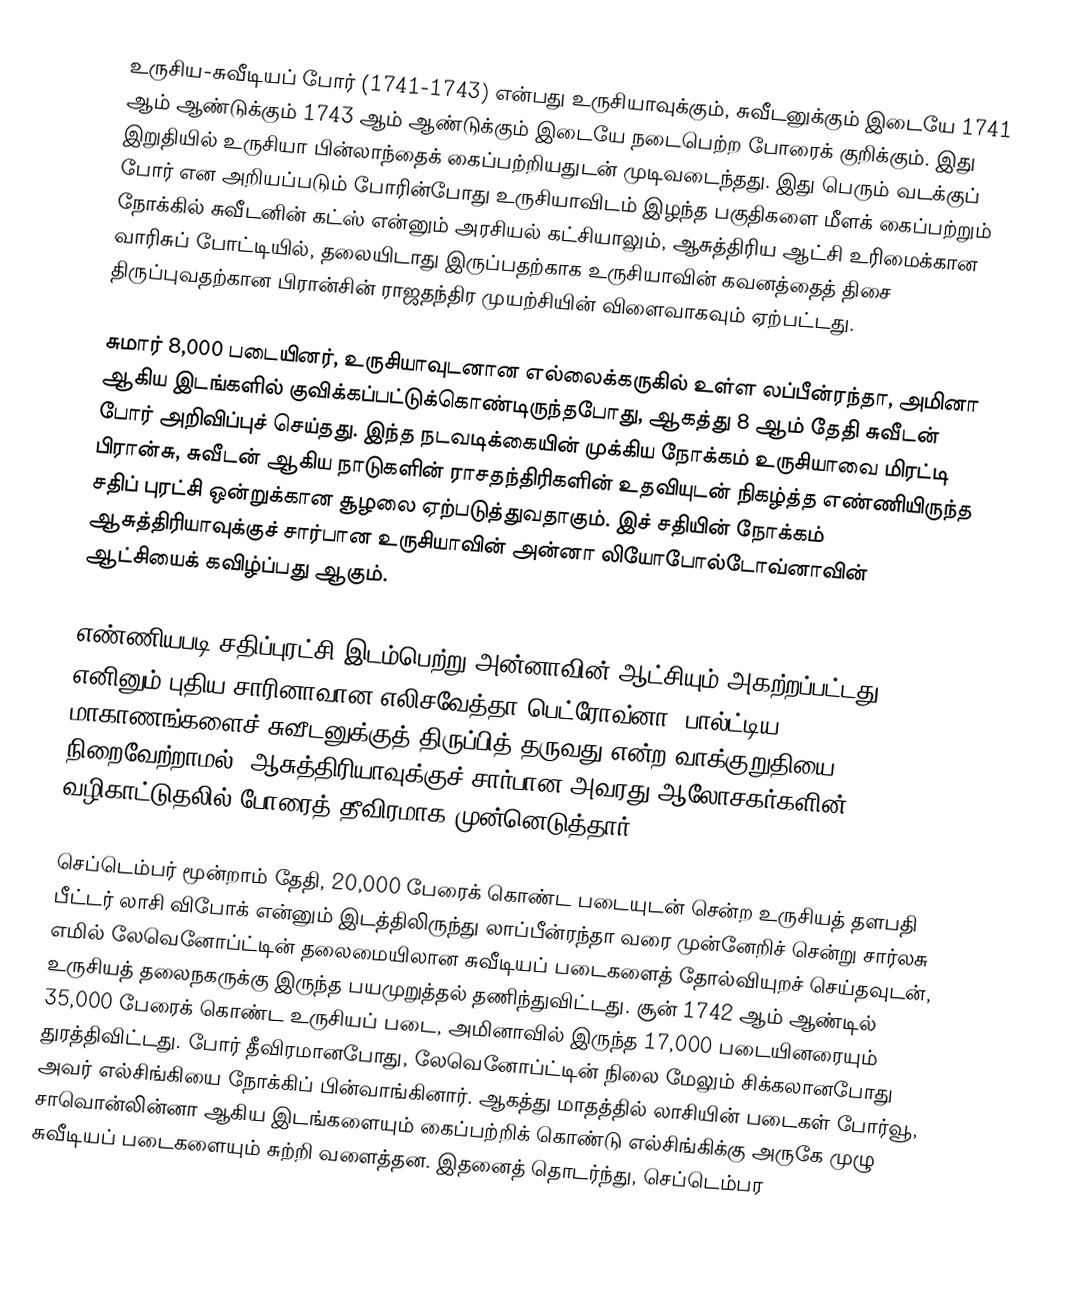
உருசிய-சுவீடியப் போர் (1741-1743) என்பது உருசியாவுக்கும், சுவீடனுக்கும் இடையே 1741 ஆம் ஆண்டுக்கும் 1743 ஆம் ஆண்டுக்கும் இடையே நடைபெற்ற போரைக் குறிக்கும். இது இறுதியில் உருசியா பின்லாந்தைக் கைப்பற்றியதுடன் முடிவடைந்தது. இது பெரும் வடக்குப் போர் என அறியப்படும் போரின்போது உருசியாவிடம் இழந்த பகுதிகளை மீளக் கைப்பற்றும் நோக்கில் சுவீடனின் கட்ஸ் என்னும் அரசியல் கட்சியாலும், ஆசுத்திரிய ஆட்சி உரிமைக்கான வாரிசுப் போட்டியில், தலையிடாது இருப்பதற்காக உருசியாவின் கவனத்தைத் திசை திருப்புவதற்கான பிரான்சின் ராஜதந்திர முயற்சியின் விளைவாகவும் ஏற்பட்டது.

சுமார் 8,000 படையினர், உருசியாவுடனான எல்லைக்கருகில் உள்ள லப்பீன்ரந்தா, அமினா ஆகிய இடங்களில் குவிக்கப்பட்டுக்கொண்டிருந்தபோது, ஆகத்து 8 ஆம் தேதி சுவீடன் போர் அறிவிப்புச் செய்தது. இந்த நடவடிக்கையின் முக்கிய நோக்கம் உருசியாவை மிரட்டி பிரான்சு, சுவீடன் ஆகிய நாடுகளின் ராசதந்திரிகளின் உதவியுடன் நிகழ்த்த எண்ணியிருந்த சதிப் புரட்சி ஒன்றுக்கான சூழலை ஏற்படுத்துவதாகும். இச் சதியின் நோக்கம் ஆசுத்திரியாவுக்குச் சார்பான உருசியாவின் அன்னா லியோபோல்டோவ்னாவின் ஆட்சியைக் கவிழ்ப்பது ஆகும்.

எண்ணியபடி சதிப்புரட்சி இடம்பெற்று அன்னாவின் ஆட்சியும் அகற்றப்பட்டது எனினும் புதிய சாரினாவான எலிசவேத்தா பெட்ரோவ்னா, பால்ட்டிய மாகாணங்களைச் சுவீடனுக்குத் திருப்பித் தருவது என்ற வாக்குறுதியை நிறைவேற்றாமல், ஆசுத்திரியாவுக்குச் சார்பான அவரது ஆலோசகர்களின் வழிகாட்டுதலில் போரைத் தீவிரமாக முன்னெடுத்தார்.

செப்டெம்பர் மூன்றாம் தேதி, 20,000 பேரைக் கொண்ட படையுடன் சென்ற உருசியத் தளபதி பீட்டர் லாசி விபோக் என்னும் இடத்திலிருந்து லாப்பீன்ரந்தா வரை முன்னேறிச் சென்று சார்லசு எமில் லேவெனோப்ட்டின் தலைமையிலான சுவீடியப் படைகளைத் தோல்வியுறச் செய்தவுடன், உருசியத் தலைநகருக்கு இருந்த பயமுறுத்தல் தணிந்துவிட்டது. சூன் 1742 ஆம் ஆண்டில் 35,000 பேரைக் கொண்ட உருசியப் படை, அமினாவில் இருந்த 17,000 படையினரையும் துரத்திவிட்டது. போர் தீவிரமானபோது, லேவெனோப்ட்டின் நிலை மேலும் சிக்கலானபோது அவர் எல்சிங்கியை நோக்கிப் பின்வாங்கினார். ஆகத்து மாதத்தில் லாசியின் படைகள் போர்வூ, சாவொன்லின்னா ஆகிய இடங்களையும் கைப்பற்றிக் கொண்டு எல்சிங்கிக்கு அருகே முழு சுவீடியப் படைகளையும் சுற்றி வளைத்தன. இதனைத் தொடர்ந்து, செப்டெம்பர